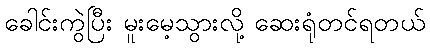
ခေါင်းကွဲပြီး မူးမေ့သွားလို့ ဆေးရုံတင်ရတယ်